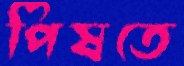
পিষতে